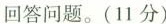
回答问题。(11分)